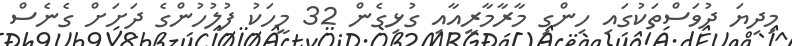
މިދިޔަ ދުވަސްތަކުގައި ހިންގި މާރާމާރީއާއި ގުޅިގެން 32 މީހަކު ފުލުހުންގެ ދަށަށް ގެނެސް